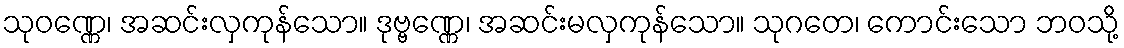
သုဝဏ္ဏေ၊ အဆင်းလှကုန်သော။ ဒုဗ္ဗဏ္ဏေ၊ အဆင်းမလှကုန်သော။ သုဂတေ၊ ကောင်းသော ဘဝသို့